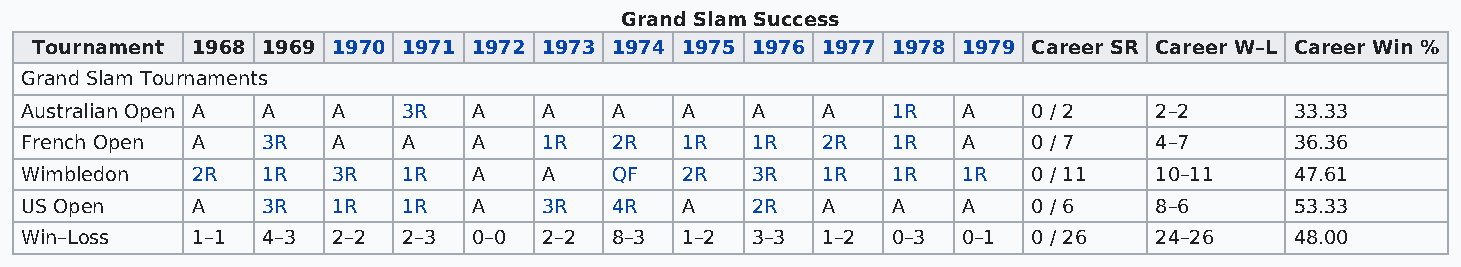
Grand Slam Success
 Tournament 1968 1969 1970 1971 1972 1973 1974 1975 1976 1977 1978 1979 Career SR Career W–L Career Win %
 Grand Slam Tournaments
 Australian Open A A  A    3R  A    A   A    A    A   A    1R   A   0 / 2   2–2       33.33
 French Open A   3R   A    A   A    1R  2R   1R   1R  2R   1R   A   0 / 7   4–7       36.36
 Wimbledon   2R  1R   3R   1R  A    A   QF   2R   3R  1R   1R   1R  0 / 11  10–11     47.61
 US Open     A   3R   1R   1R  A    3R  4R   A    2R  A    A    A   0 / 6   8–6       53.33
 Win–Loss    1–1 4–3  2–2  2–3 0–0  2–2 8–3  1–2  3–3 1–2  0–3  0–1 0 / 26  24–26     48.00